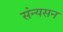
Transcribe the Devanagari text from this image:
संन्यसन